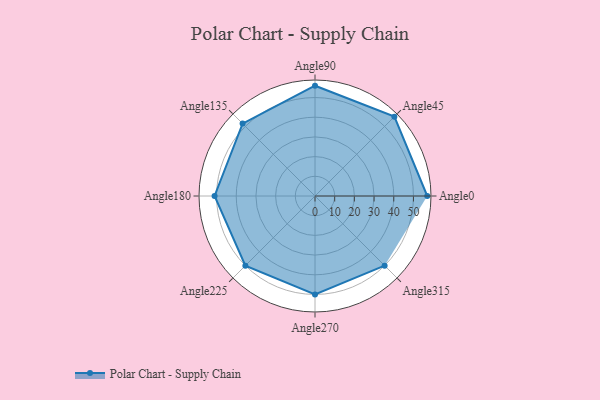
{"axis": {"x": "Angle", "y": "Radius"}, "legend": [""], "data": [{"x": "Angle0", "y": 57.0, "type": ""}, {"x": "Angle45", "y": 57.0, "type": ""}, {"x": "Angle90", "y": 56.0, "type": ""}, {"x": "Angle135", "y": 52.0, "type": ""}, {"x": "Angle180", "y": 51.0, "type": ""}, {"x": "Angle225", "y": 50, "type": ""}, {"x": "Angle270", "y": 50, "type": ""}, {"x": "Angle315", "y": 50, "type": ""}]}